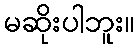
မဆိုးပါဘူး။